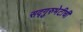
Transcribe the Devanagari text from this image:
सद्गुरुभेटीची